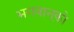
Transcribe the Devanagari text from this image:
भगवान्‌को